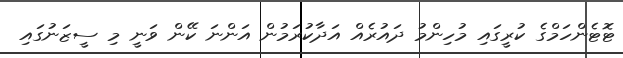
ޓޮޓެންހަމްގެ ކުރީގައި މުހިންމު ދައުރެއް އަދާކުރަމުން އަންނަ ކޭން ވަނީ މި ސީޒަނުގައި